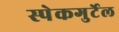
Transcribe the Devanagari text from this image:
स्पेकगुर्टेल